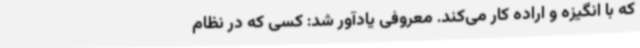
که با انگیزه و اراده کار می‌کند. معروفی یادآور شد: کسی که در نظام